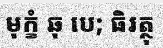
មុក្ខំ ឆុ បេ; ធិរត្ថុ